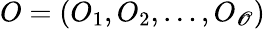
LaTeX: O=(O_{1},O_{2},\dots,O_{\mathscr{O}})